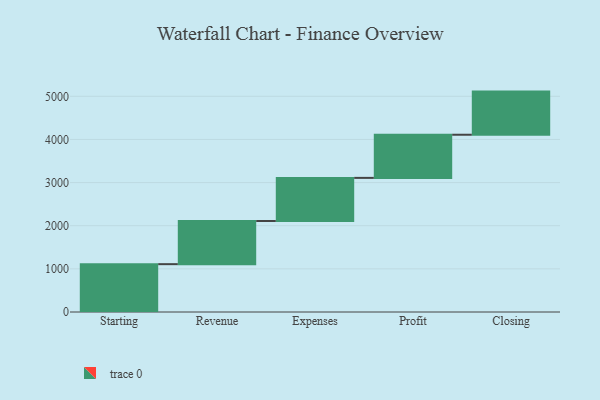
{"axis": {"x": "Step", "y": "Value"}, "legend": [""], "data": [{"x": "Starting", "y": 1109.0, "type": ""}, {"x": "Revenue", "y": 1000, "type": ""}, {"x": "Expenses", "y": 1000, "type": ""}, {"x": "Profit", "y": 1000, "type": ""}, {"x": "Closing", "y": 1000, "type": ""}]}